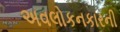
અવલોકનકારની